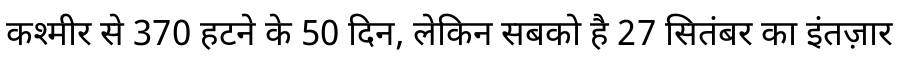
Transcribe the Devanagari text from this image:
कश्मीर से 370 हटने के 50 दिन, लेकिन सबको है 27 सितंबर का इंतज़ार